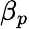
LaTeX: \beta_{p}